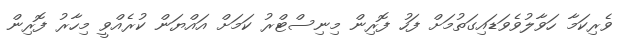
ވެރިކަމާ ހަވާލުވެވަޑައިގަތުމަށް ފަހު ފޮރިން މިނިސްޓްރު ކަމަށް އައްޔަން ކުރެއްވީ މިހާރު ފޮރިން